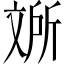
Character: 𱡥